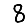
Digit: 8